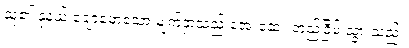
သူ၏ နုနယ် ချောမောသော မျက်နှာသည် အေးဆေး တည်ငြိမ် သွားသည်။